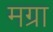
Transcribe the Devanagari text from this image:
मग्रा